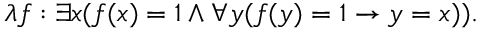
\lambda f : \exists x ( f ( x ) = 1 \land \forall y ( f ( y ) = 1 \rightarrow y = x ) ) .